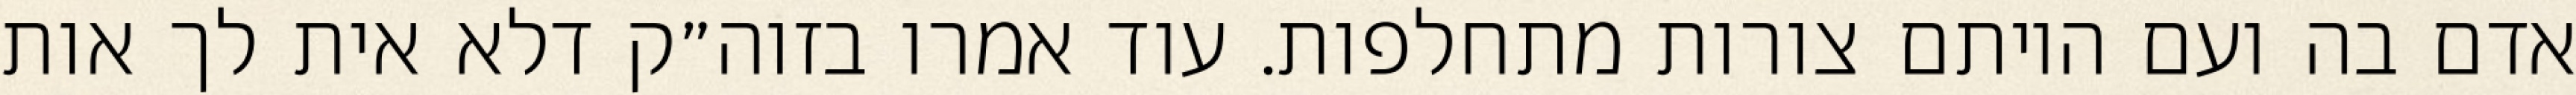
אדם בה ועם היותם צורות מתחלפות. עוד אמרו בזוה״ק דלא אית לך אות